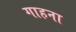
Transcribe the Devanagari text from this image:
गाहना